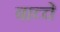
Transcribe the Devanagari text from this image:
बाच्चे